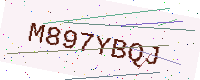
Text: M897YBQJ